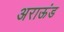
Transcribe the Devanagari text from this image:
अराऊंड